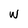
Character: w